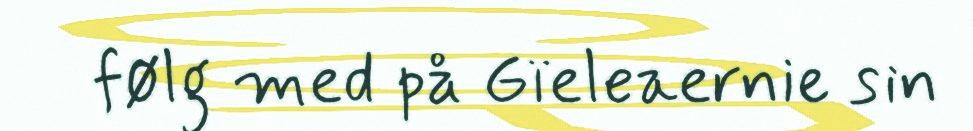
følg med på Gïeleaernie sin